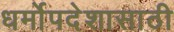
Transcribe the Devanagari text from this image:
धर्मोपदेशासाठी